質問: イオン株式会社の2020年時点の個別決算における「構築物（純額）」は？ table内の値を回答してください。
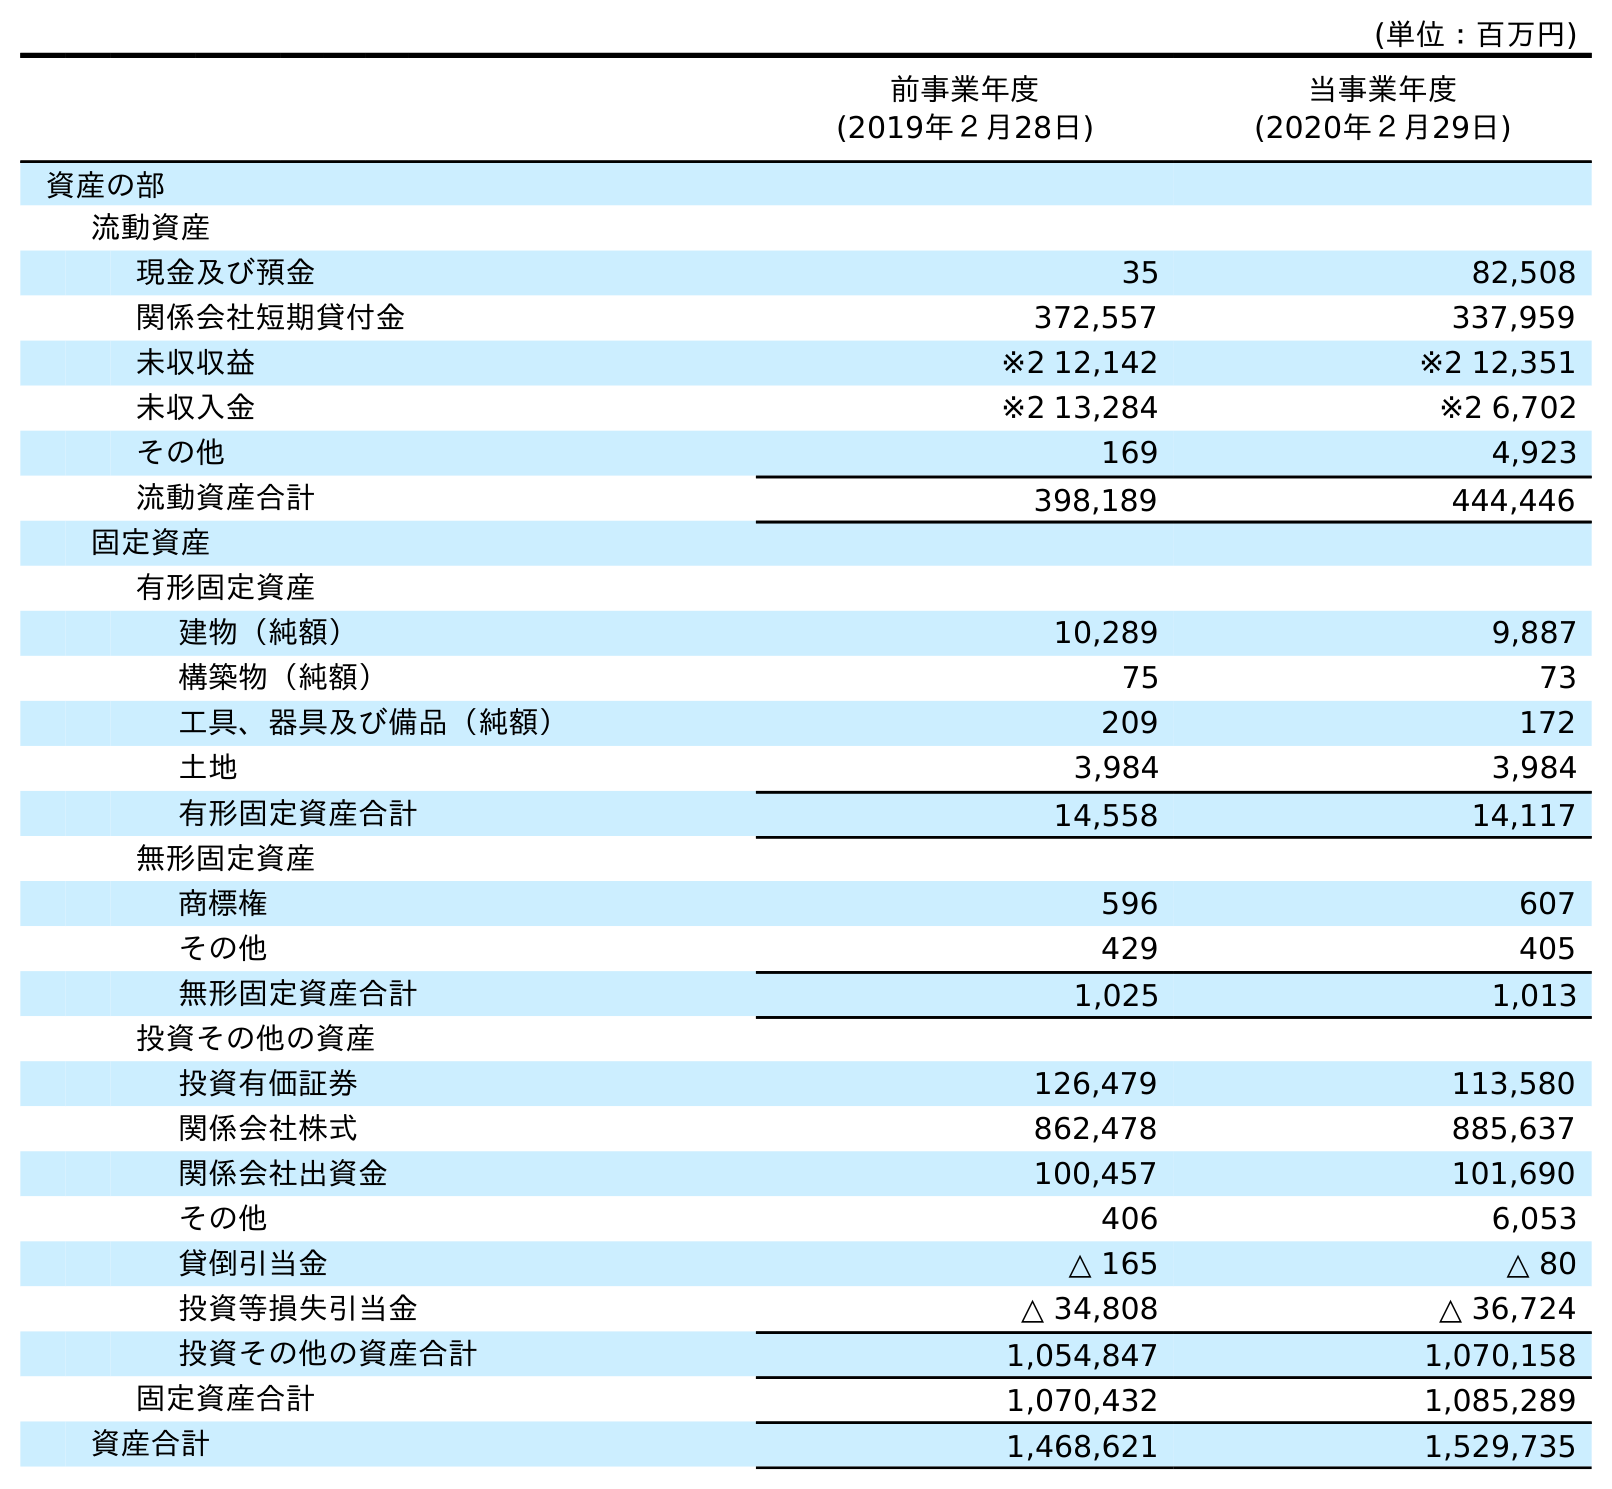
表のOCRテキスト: (単位：百万円) 前事業年度 (2019年２月28日) 当事業年度 (2020年２月29日) 資産の部 流動資産 現金及び預金 35 82,508 関係会社短期貸付金 372,557 337,959 未収収益 ※2 12,142 ※2 12,351 未収入金 ※2 13,284 ※2 6,702 その他 169 4,923 流動資産合計 398,189 444,446 固定資産 有形固定資産 建物（純額） 10,289 9,887 構築物（純額） 75 73 工具、器具及び備品（純額） 209 172 土地 3,984 3,984 有形固定資産合計 14,558 14,117 無形固定資産 商標権 596 607 その他 429 405 無形固定資産合計 1,025 1,013 投資その他の資産 投資有価証券 126,479 113,580 関係会社株式 862,478 885,637 関係会社出資金 100,457 101,690 その他 406 6,053 貸倒引当金 △ 165 △ 80 投資等損失引当金 △ 34,808 △ 36,724 投資その他の資産合計 1,054,847 1,070,158 固定資産合計 1,070,432 1,085,289 資産合計 1,468,621 1,529,735
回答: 73